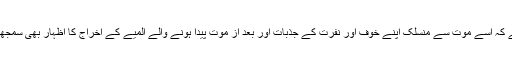
ممکن ہے کہ اسے موت سے منسلک اپنے خوف اور نفرت کے جذبات اور بعد از موت پیدا ہونے والے المیے کے اخراج کا اظہار بھی سمجھا جاتا ہو۔